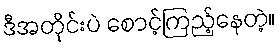
ဒီအတိုင်းပဲ စောင့်ကြည့်နေတဲ့။